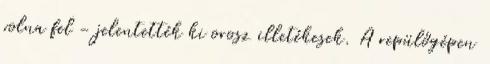
volna fel - jelentették ki orosz illetékesek. A repülőgépen